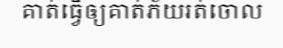
គាត់ធ្វើឲ្យគាត់ភ័យរត់ចោល